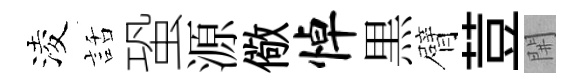
淩話蛩源儆悼黒臂荳𨳩